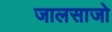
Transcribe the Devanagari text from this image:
जालसाजो